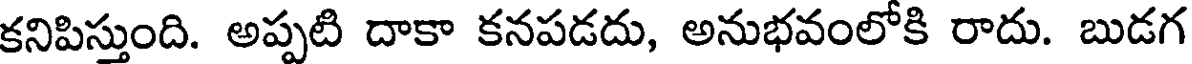
కనిపిస్తుంది. అప్పటి దాకా కనపడదు, అనుభవంలోకి రాదు. బుడగ